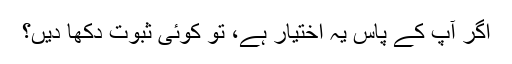
اگر آپ کے پاس یہ اختیار ہے، تو کوئی ثبوت دکھا دیں؟